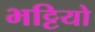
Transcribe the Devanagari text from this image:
भट्टियो